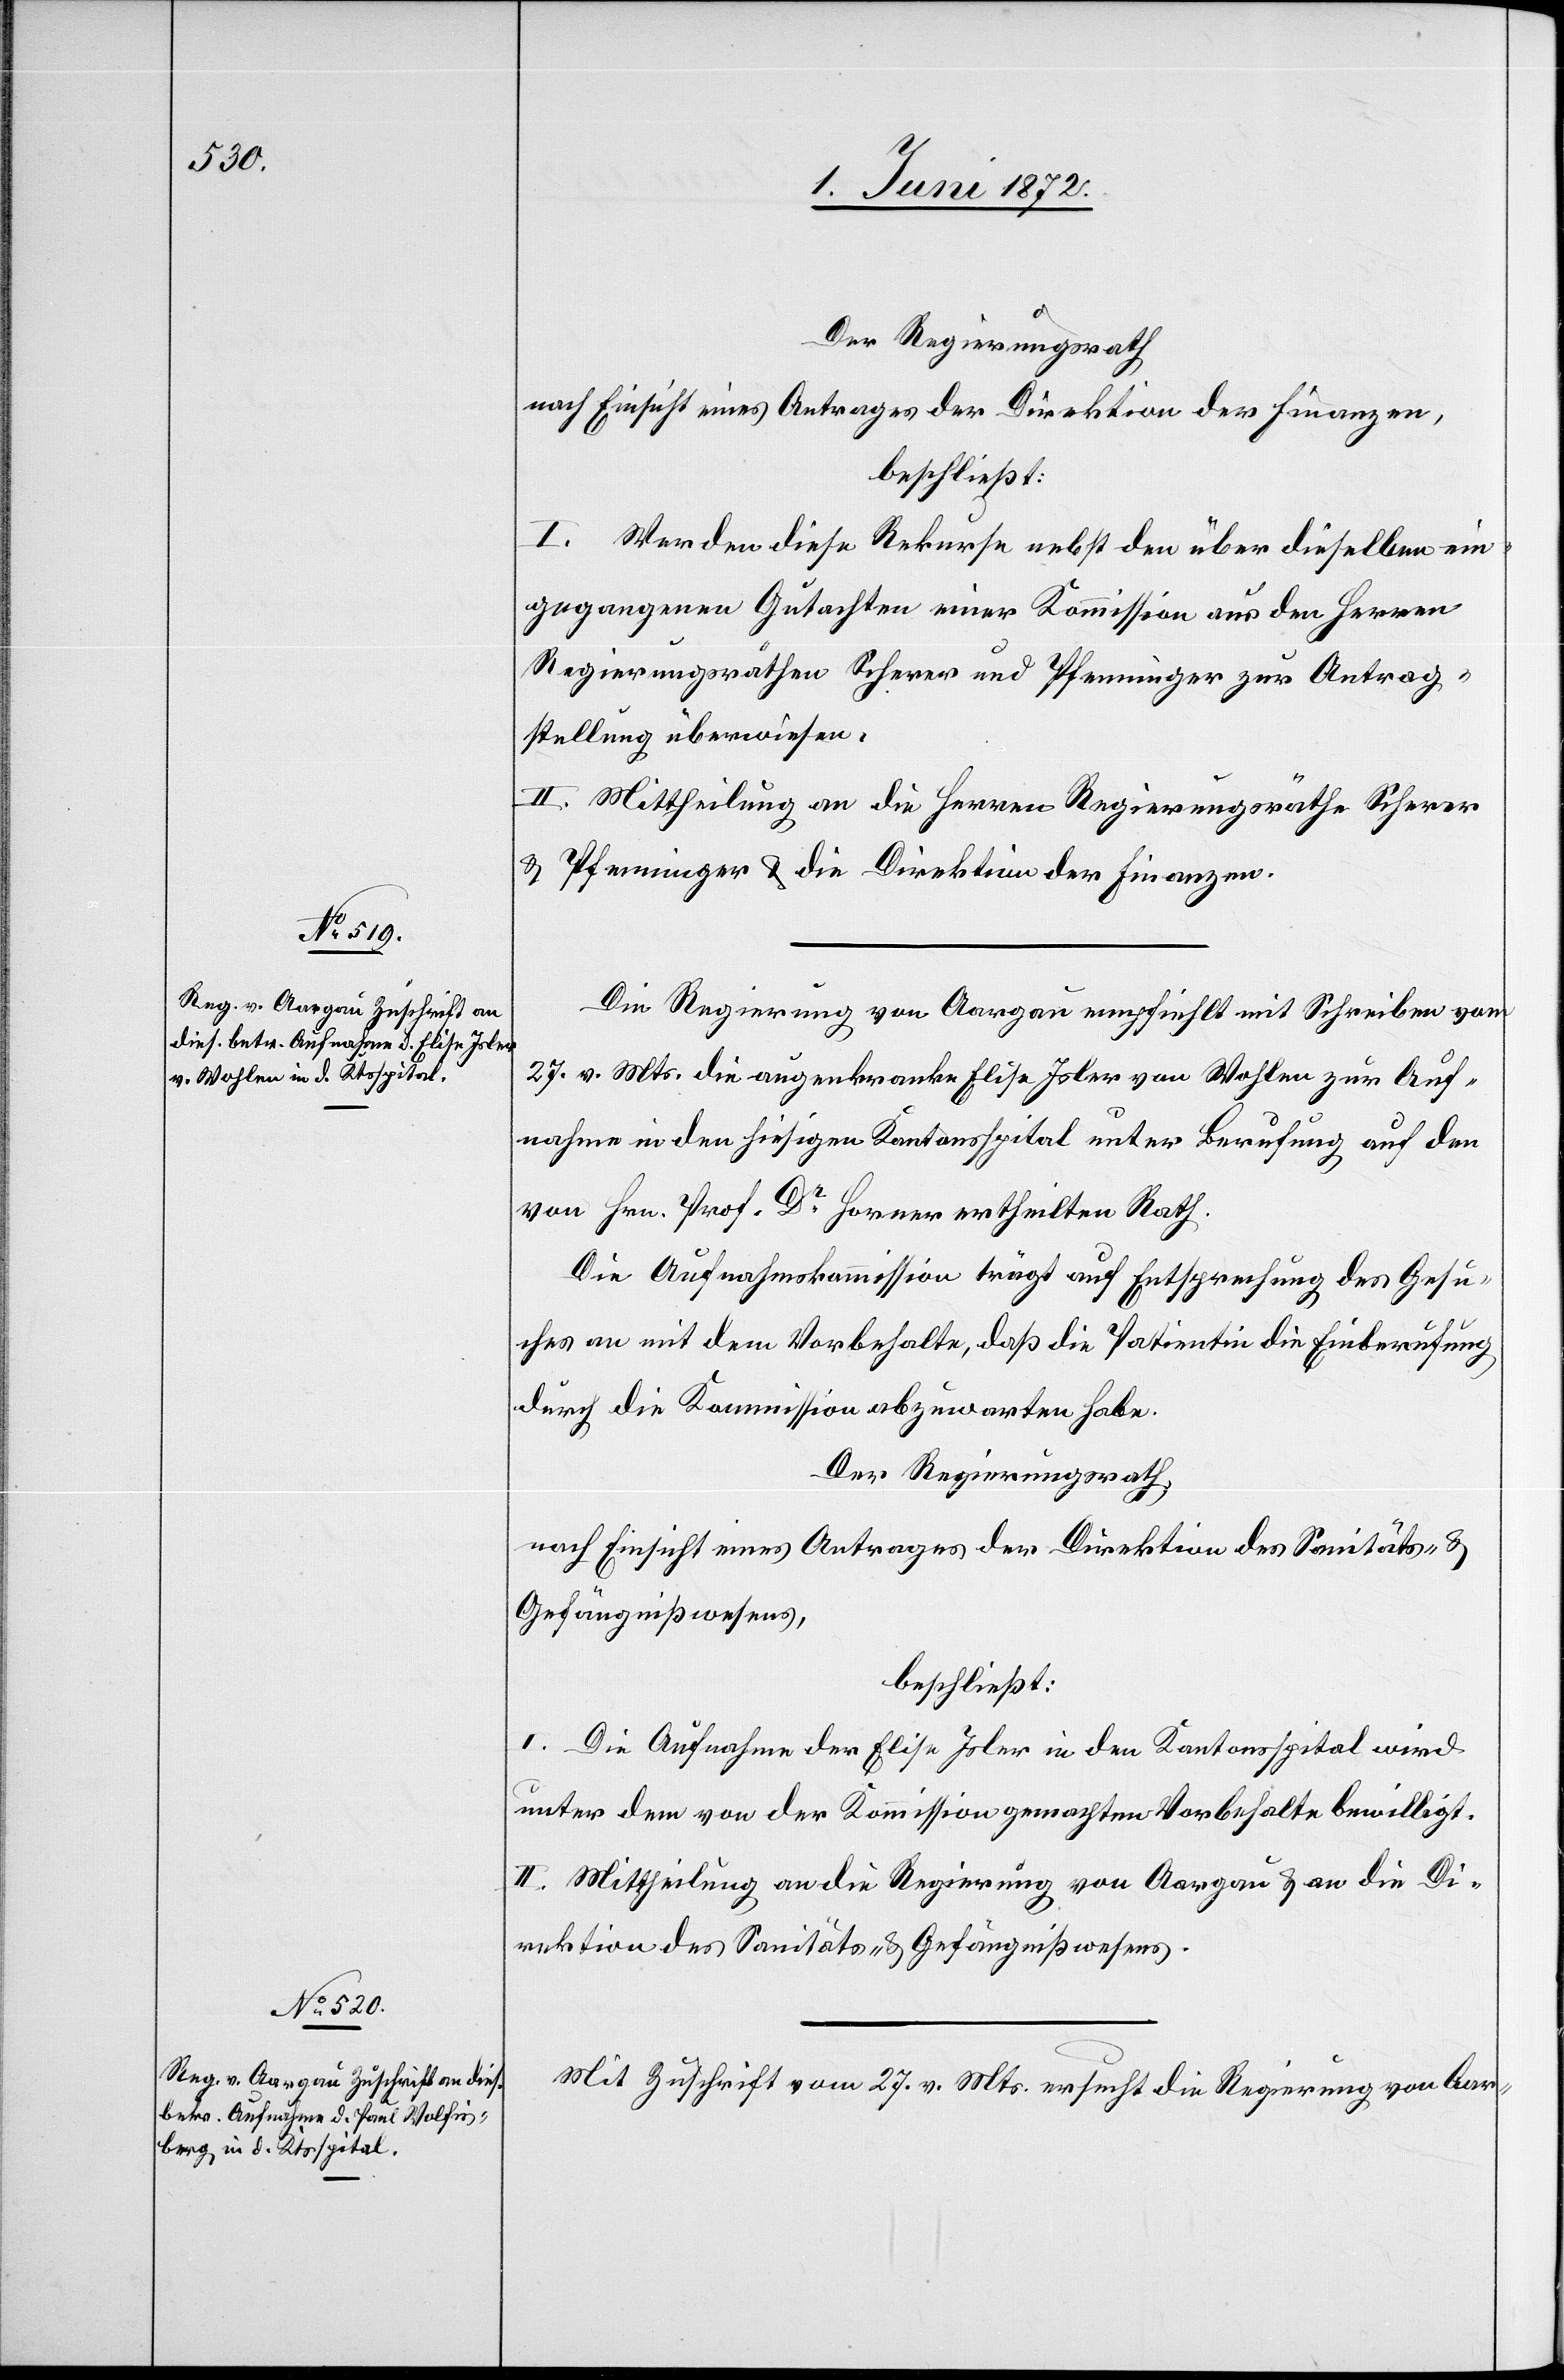
Der Regierungsrath
nach Einsicht eines Antrages der Direktion der Finanzen,
beschließt:
I. Werden diese Rekurse nebst den über dieselben ein¬
gegangenen Gutachten einer Kommission aus den Herren
Regierungsräthen Scherer und Pfenninger zur Antrag¬
stellung überwiesen.
II. Mittheilung an die Herern Regierungsräthe Scherer
u. Pfenninger u. die Direktion der Finanzen.
Die Regierung von Aargau empfiehlt mit Schreiben vom
27. v. Mts. die augenkranke Elise Isler von Wohlen zur Auf¬
nahme in den hiesigen Kantonsspital unter Berufung auf den
von Hrn. Prof. Dr Horner ertheilten Rath.
Die Aufnahmskommission trägt auf Entsprechung des Gesu¬
ches an mit dem Vorbehalte, daß die Patientin die Einberufung
durch die Kommission abzuwarten habe.
Der Regierungsrath,
nach Einsicht eines Antrages der Direktion des Sanitäts- u.
Gefängnißwesens,
beschließt:
I. Die Aufnahme der Elise Isler in den Kantonsspital wird
unter dem von der Kommission gemachten Vorbehalte bewilligt.
II. Mittheilung an die Regierung von Aargau u. an die Di¬
rektion des Sanitäts- u. Gefängnißwesens.
Mit Zuschrift vom 27. v. Mts. ersucht die Regierung von Aar-